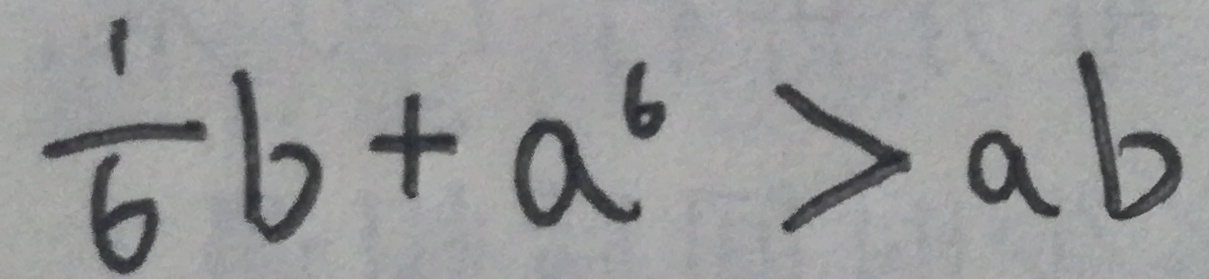
\frac { 1 } { 6 } b + a ^ { 6 } > a b